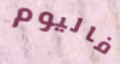
فاليوم